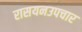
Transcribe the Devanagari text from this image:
रासयनउपचार